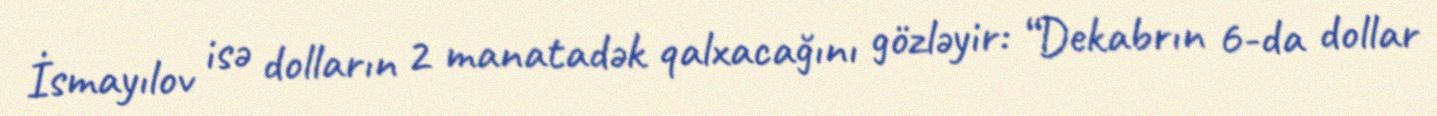
İsmayılov isə dolların 2 manatadək qalxacağını gözləyir: “Dekabrın 6-da dollar